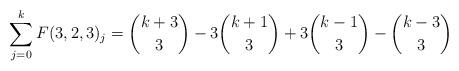
LaTeX: \begin{align*}\sum_{j=0}^k F(3,2,3)_j&=\binom{k+3}{3}-3\binom{k+1}{3}+3\binom{k-1}{3}-\binom{k-3}{3}\end{align*}